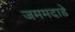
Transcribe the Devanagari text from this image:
जममदाडे